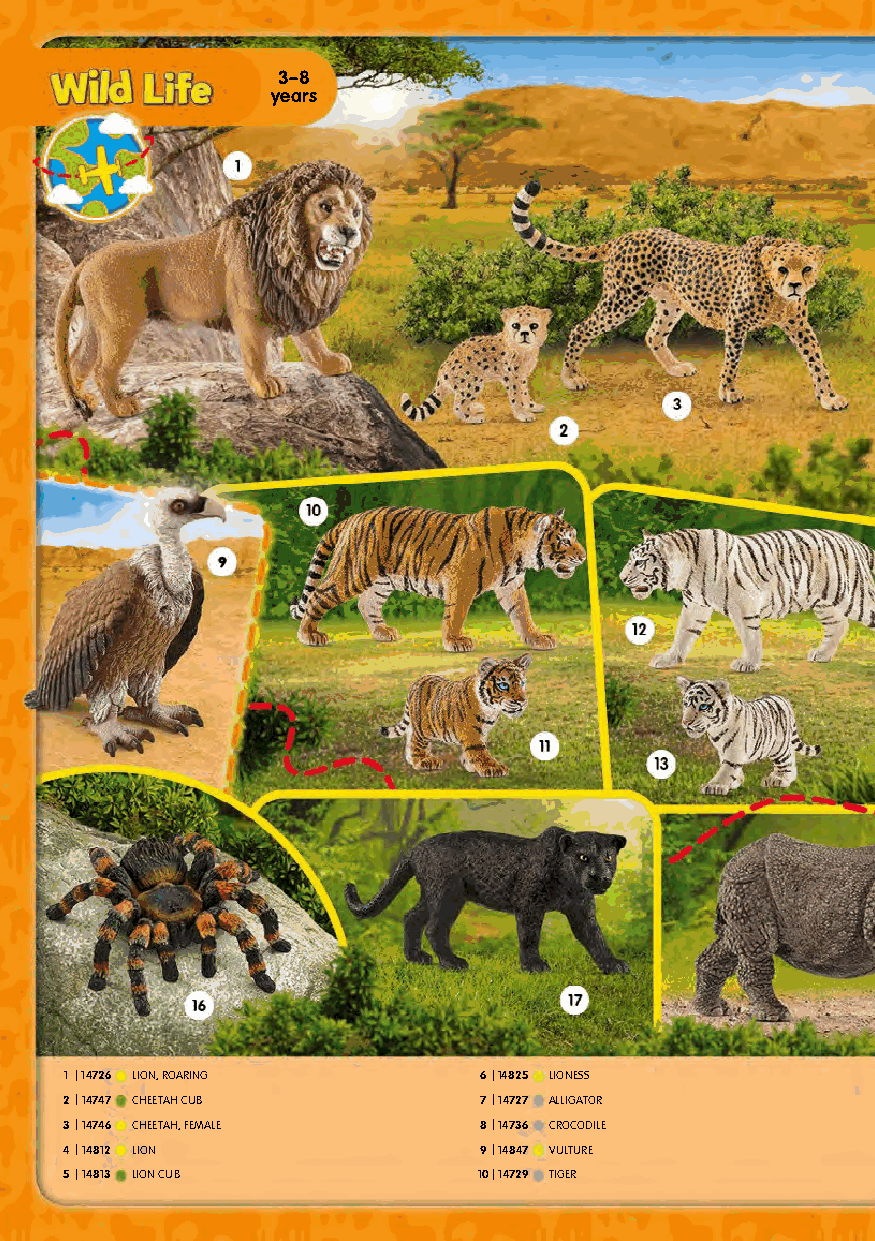
3–8
 years
 1 |14726 LION, ROARING      6|14825 LIONESS
 2|14747 CHEETAH CUB         7|14727 ALLIGATOR
 3|14746 CHEETAH, FEMALE     8|14736 CROCODILE
 4|14812 LION                9|14847 VULTURE
 5|14813 LION CUB            10|14729 TIGER